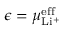
\epsilon = \mu _ { \mathrm { L i ^ { + } } } ^ { \mathrm { e f f } }